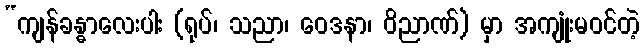
“ကျန်ခန္ဓာလေးပါး (ရုပ်၊ သညာ၊ ဝေဒနာ၊ ဝိညာဏ်) မှာ အကျုံးမဝင်တဲ့